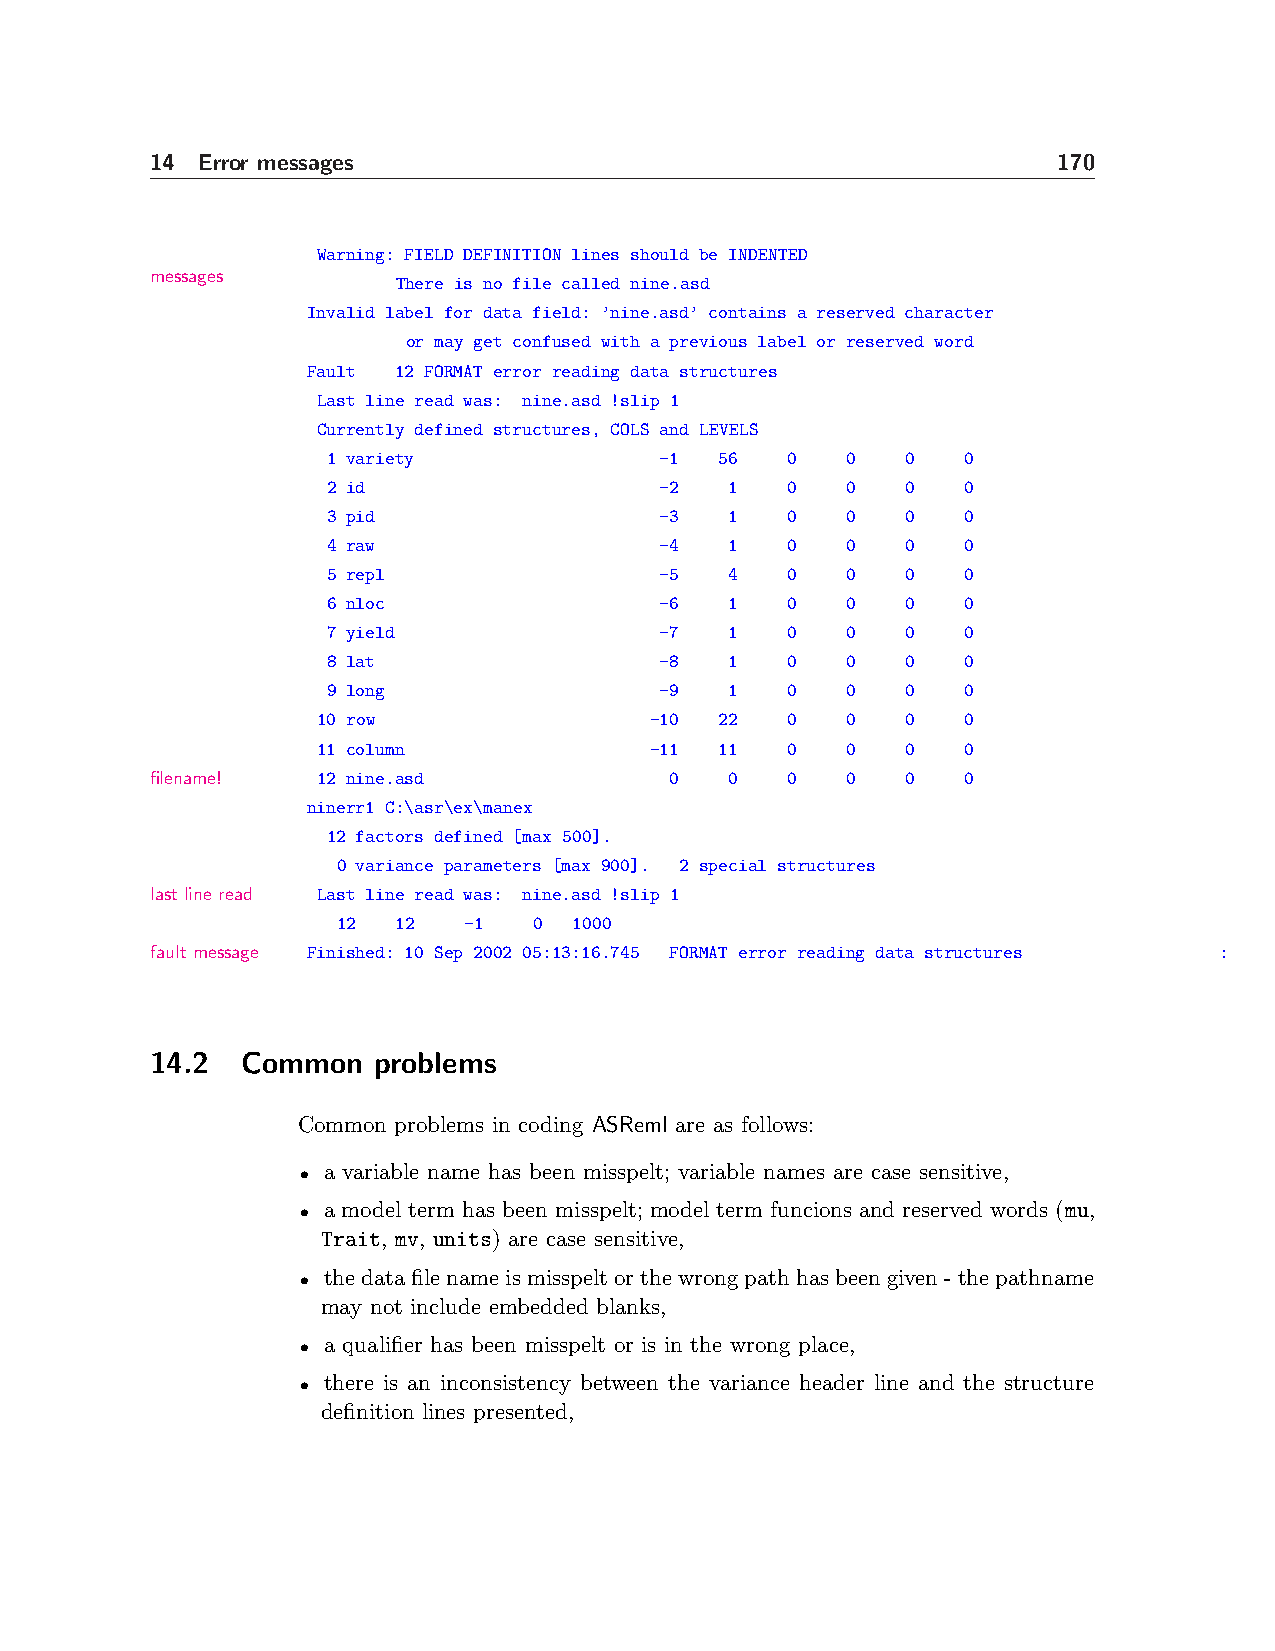
14 Error messages                                           170
 Warning: FIELD DEFINITION lines should be INDENTED
 messages
 There is no file called nine.asd
 Invalid label for data field: ’nine.asd’ contains a reserved character
 or may get confused with a previous label or reserved word
 Fault 12 FORMAT error reading data structures
 Last line read was: nine.asd !slip 1
 Currently defined structures, COLS and LEVELS
 1 variety             -1  56  0   0   0   0
 2 id                  -2  1   0   0   0   0
 3 pid                 -3  1   0   0   0   0
 4 raw                 -4  1   0   0   0   0
 5 repl                -5  4   0   0   0   0
 6 nloc                -6  1   0   0   0   0
 7 yield               -7  1   0   0   0   0
 8 lat                 -8  1   0   0   0   0
 9 long                -9  1   0   0   0   0
 10 row                -10  22  0   0   0   0
 11 column             -11  11  0   0   0   0
 filename!  12 nine.asd            0   0   0   0   0   0
 ninerr1 C:\asr\ex\manex
 12 factors defined [max 500].
 0 variance parameters [max 900]. 2 special structures
 last line read Last line read was: nine.asd !slip 1
 12  12   -1  0  1000
 fault message Finished: 10 Sep 2002 05:13:16.745 FORMAT error reading data structures :
 14.2  Common   problems
 Common problems in coding ASReml are as follows:
 • a variable name has been misspelt; variable names are case sensitive,
 • a model term has been misspelt; model term funcions and reserved words (mu,
 Trait, mv, units) are case sensitive,
 • thedatafilenameismisspeltorthewrongpathhasbeengiven-thepathname
 may not include embedded blanks,
 • a qualifier has been misspelt or is in the wrong place,
 • there is an inconsistency between the variance header line and the structure
 definition lines presented,